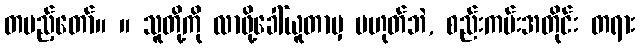
တပည့်တော်။ ။ သူတို့ကို လာဖို့ခေါ်ယူတာမှ မဟုတ်ဘဲ, စည်းကမ်းအတိုင်း တရား